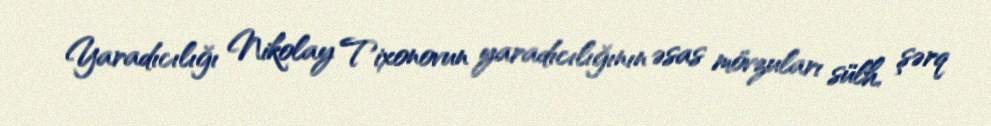
Yaradıcılığı Nikolay Tixonovun yaradıcılığının əsas mövzuları sülh, şərq